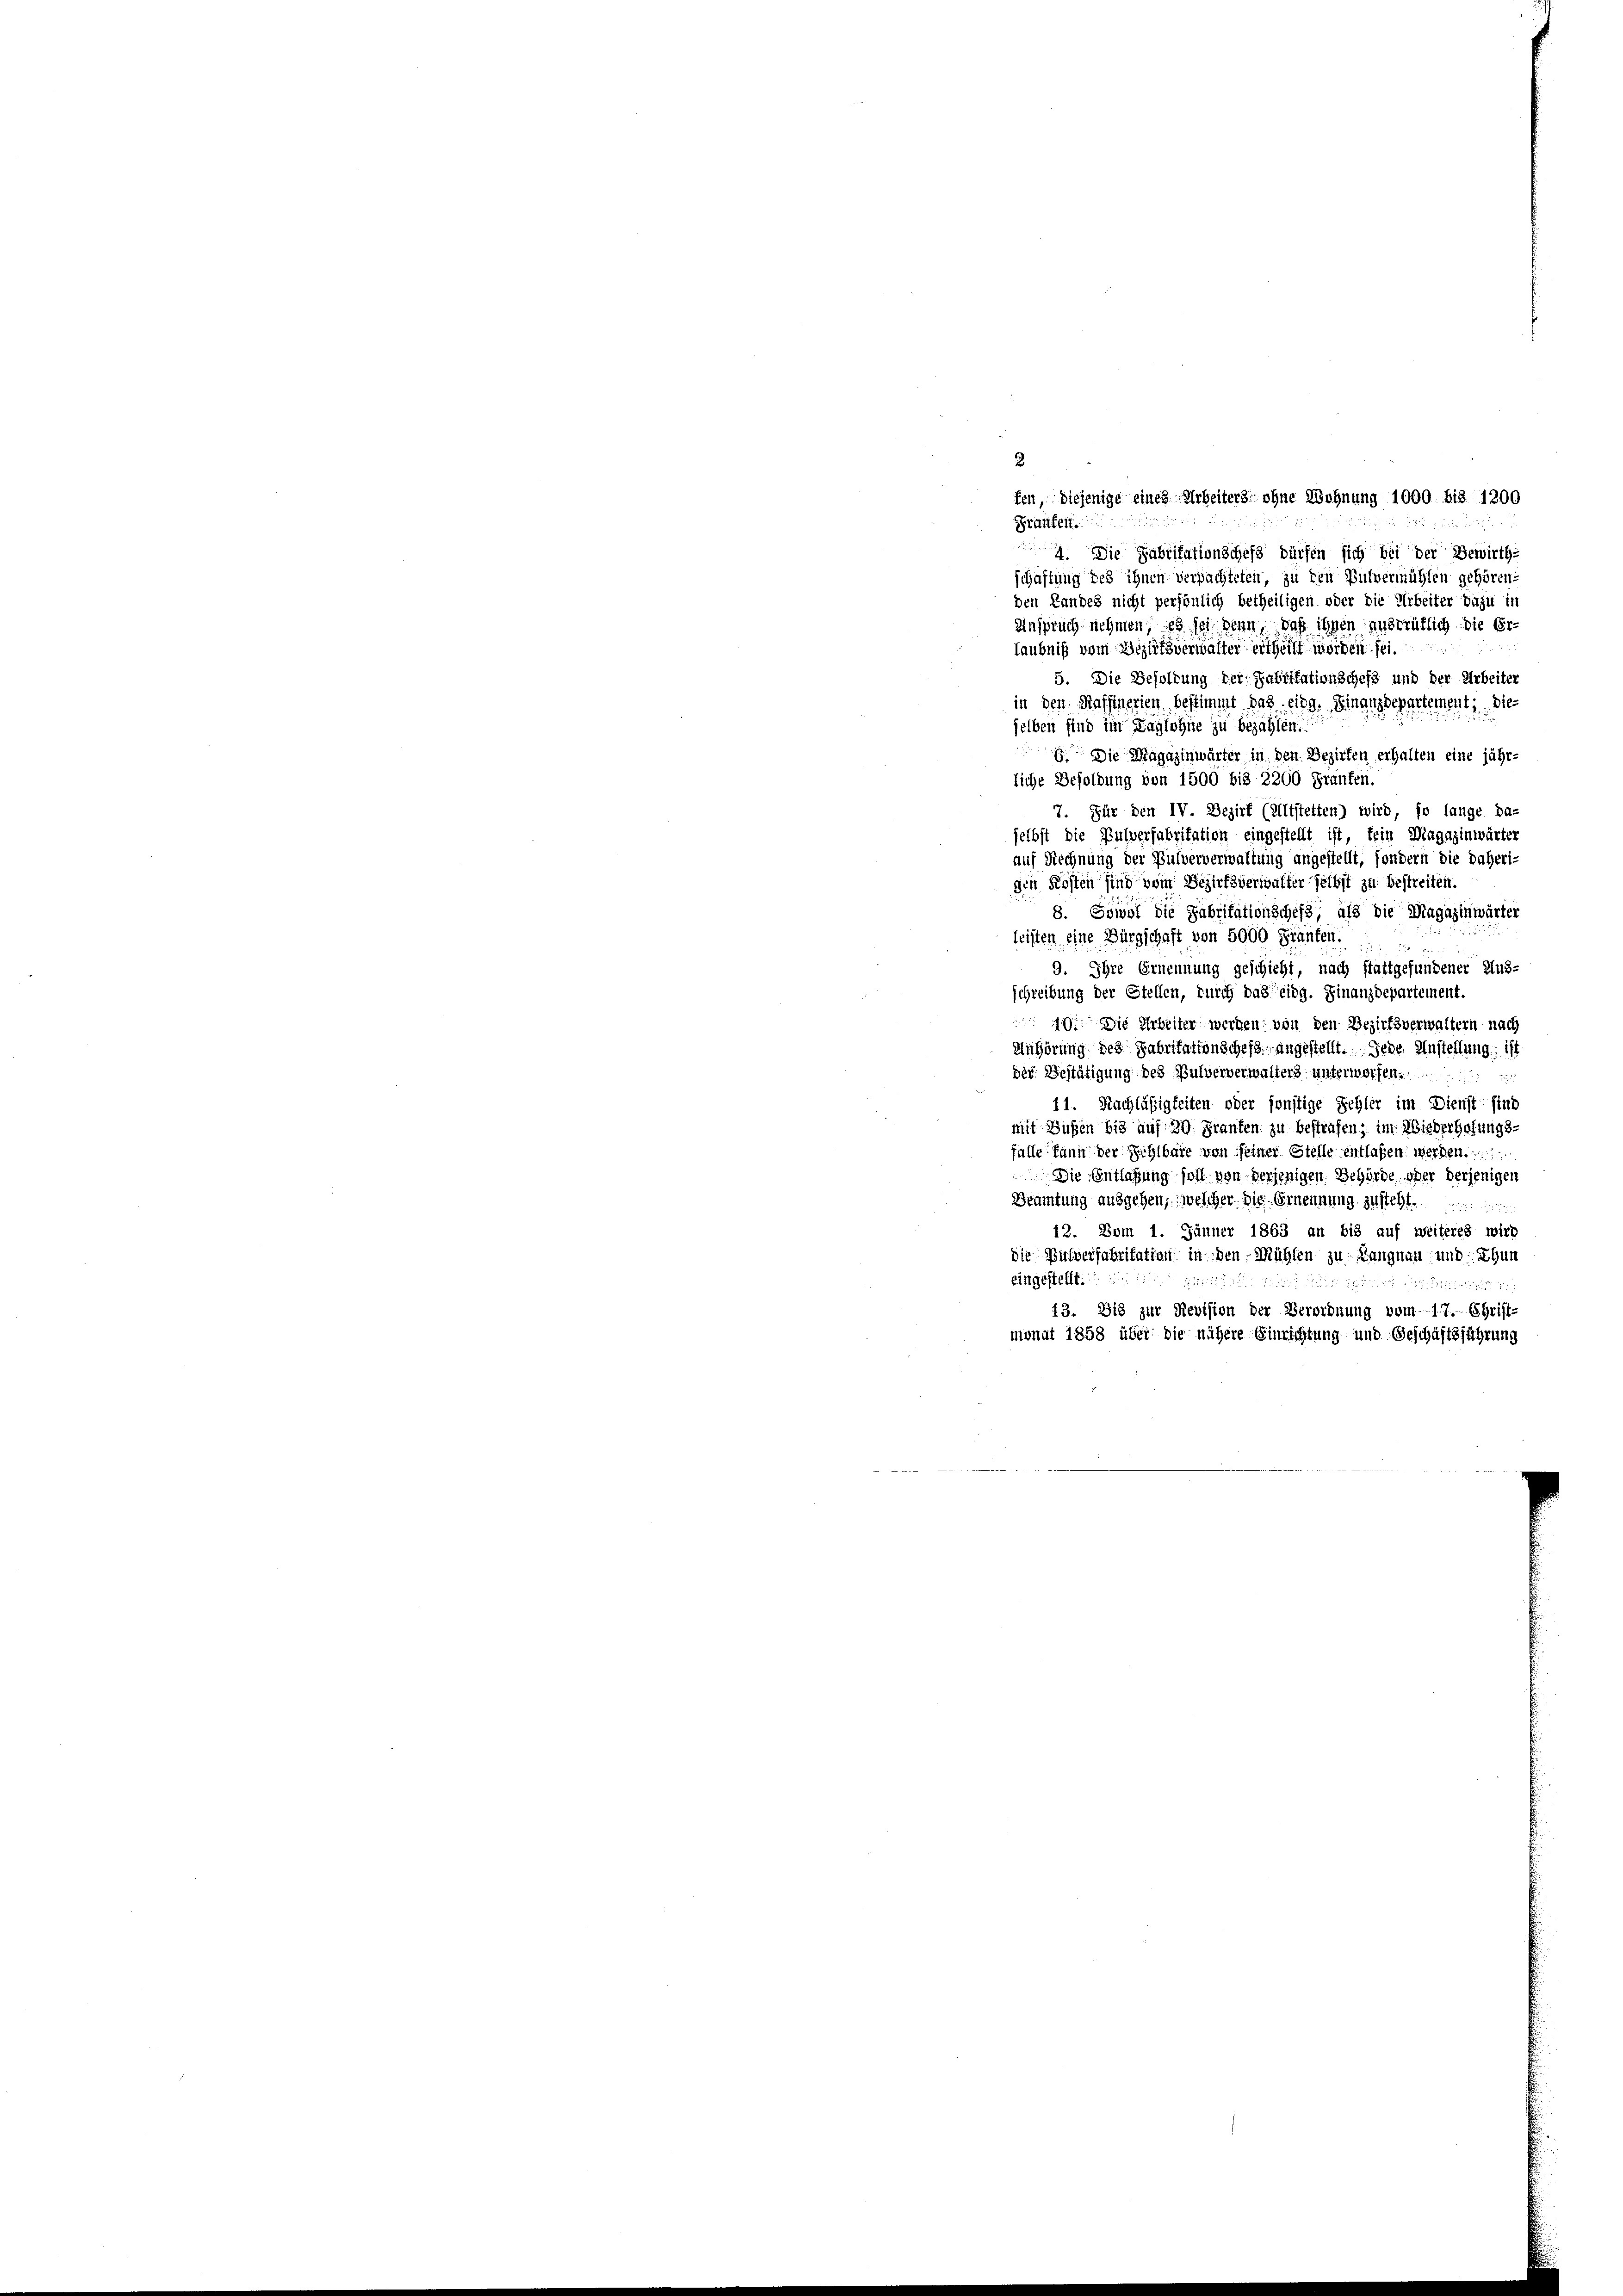
2
fen, diejenige eines Arbeiters ohne Wohnung 1000 bis 1200
Praufert.
4. Die Fabritationschefs dürfen sich bei der Bewirth-
schaftung des ihnen verpachteten, zu den Pulvermühlen gehören:
den Landes nicht persönlich betheiligen oder die Arbeiter dazu in
Anspruch nehmen; es sei denn, daß ihnen unerrütlich die Er
laubniß vom Bezirksverwalter ertheilt worden sei.
5. Die Besoldung der Fabritationschefs und der Arbeiter
in den Raffinerien bestimmt das eing. Finanzdepartement, die
selben sind im Taglohne zu bezahlen.
. Die Magazinwärter in den Bezirken erhalten eine jähr-
liche Besoldung von 1500 bis 2200 Franken.
7. Für den IV. Bezirk (Altstetten) wird, so lange da-
selbst die Pulverfabritation eingestellt ist, fein Magazinwärter
auf Rechnung der Pulververwaltung angestellt, sondern die daheri-
den Kosten sind vom Bezirksverwalterselbst zu bestreiten.
8. Sowol die Fabritationschefs, als die Magazinwärter
leisten eine Bürgschaft von 5000 Fräufen.
9. Ihre Ernennung geschieht, nach stattgefundener Aus-
schreibung der Stellen, durch das eidg. Finanzdepartement.
19. Die Arbeiter werden von den Bezirksverwaltern nach
Anhörung des Fabritation schefs angestellt. Jede Anstellung ist
der Bestätigung des Pulververwalters unterworfen.
11. Nachläßigkeiten oder sonstige Schler im Dienst sind
mit Bußen bis auf 20. Franken zu bestrafen; im Wiederhafungs-
falle kann der Fehlbare von seiner Stelle entlaßen: werden
Die Entlaßung soll von derjenigen Behörde oder derjenigen
Beamtung ausgehen, welcher. Die Ernennung zusteht.
12. Vom 1. Jänner 1863 an bis auf weiteres wird
die Bulverfabritation in den Mühlen zu Langnau und Thun
eingestellt.

13. Die zur Revision der Verordnung vom 17. Christ-
monat 1858 über die nähere Einrichtung- und Geschäftsführung